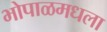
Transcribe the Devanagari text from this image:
भोपाळमधला